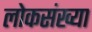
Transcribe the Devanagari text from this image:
लोकसंख्‍या